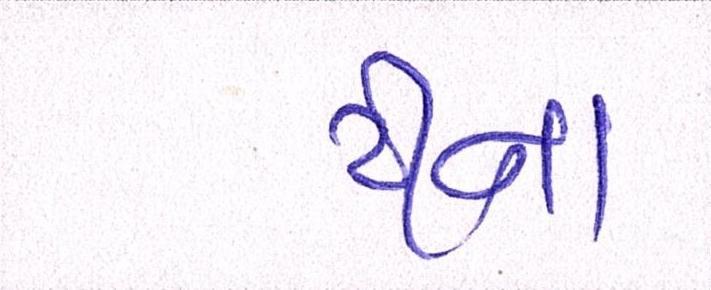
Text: ટીના